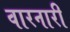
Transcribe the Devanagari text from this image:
वारनारी